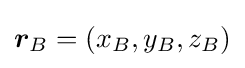
\displaystyle {\boldsymbol {r}}_{B}=(x_{B},y_{B},z_{B})